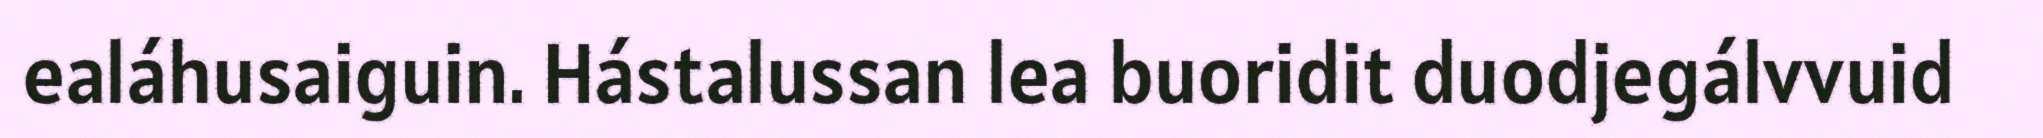
ealáhusaiguin. Hástalussan lea buoridit duodjegálvvuid